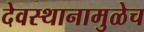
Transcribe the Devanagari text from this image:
देवस्थानामुळेच